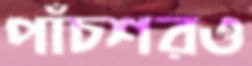
পাঁচশরও